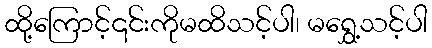
ထို့ကြောင့်၎င်းကိုမထိသင့်ပါ၊ မရွှေ့သင့်ပါ